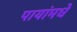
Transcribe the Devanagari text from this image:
पायांमधे